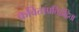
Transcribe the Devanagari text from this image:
कविताप्रतिद्वंद्विता